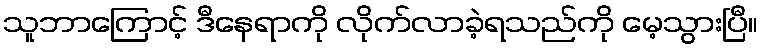
သူဘာကြောင့် ဒီနေရာကို လိုက်လာခဲ့ရသည်ကို မေ့သွားပြီ။